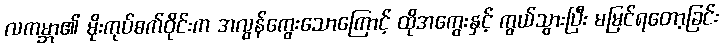
လကမ္ဘာ၏ မိုးကုပ်စက်ဝိုင်းက အလွန်ကွေးသောကြောင့် ထိုအကွေးနှင့် ကွယ်သွားပြီး မမြင်ရတော့ခြင်း